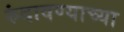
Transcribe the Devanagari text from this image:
रुंदावण्याच्या